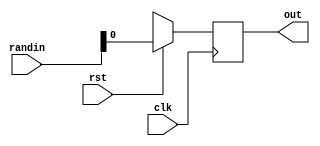
module lsfr(randin, clk, rst, out);
    input [0:2] randin;
    input clk, rst;
    output out;

    always @(posedge clk) begin
        if(rst) 
            out <= randin;
        else 
            out <= {out[2], out[0] ^ out[2], out[1]};
    end
endmodule